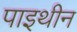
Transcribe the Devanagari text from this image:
पाइथीन